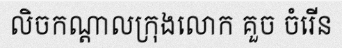
លិចកណ្តាលក្រុងលោក គួច ចំរើន